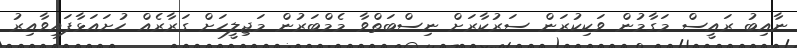
ނާއިބު ރައީސް މަގާމުން ވަކިކުރަން ސަރުކާރަށް ނިސްބަތްވާ މެމްބަރުން މަޖިލީހަށް ގަރާރެއް ހުށައަޅާފައިވާއިރު